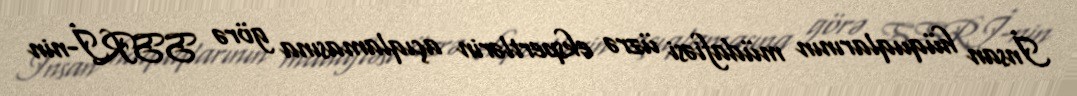
İnsan hüquqlarının müdafiəsi üzrə ekspertlərin açıqlamasına görə SSRİ-nin